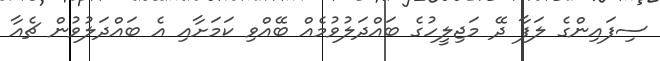
ސިފައިންގެ ލަފާ ދޭ މަޖިލީހުގެ ބައްދަލުވުމެއް ބޭއްވި ކަމަށާއި އެ ބައްދަލުވުން ޗެއާ